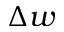
\Delta w